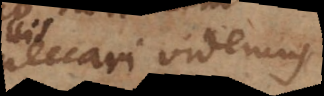
peccari videmus,